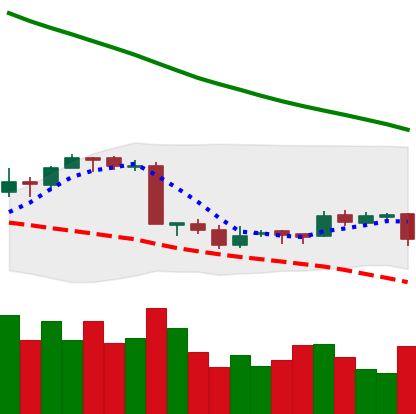
Ticker: EOS-USD
Chart end date: 2018-09-17
Forward return: 21.308%
Label: up_7plus